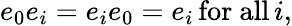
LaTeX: e_{0}e_{i}=e_{i}e_{0}=e_{i}\, {\mathrm{for~all}}\, i,